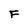
Character: F